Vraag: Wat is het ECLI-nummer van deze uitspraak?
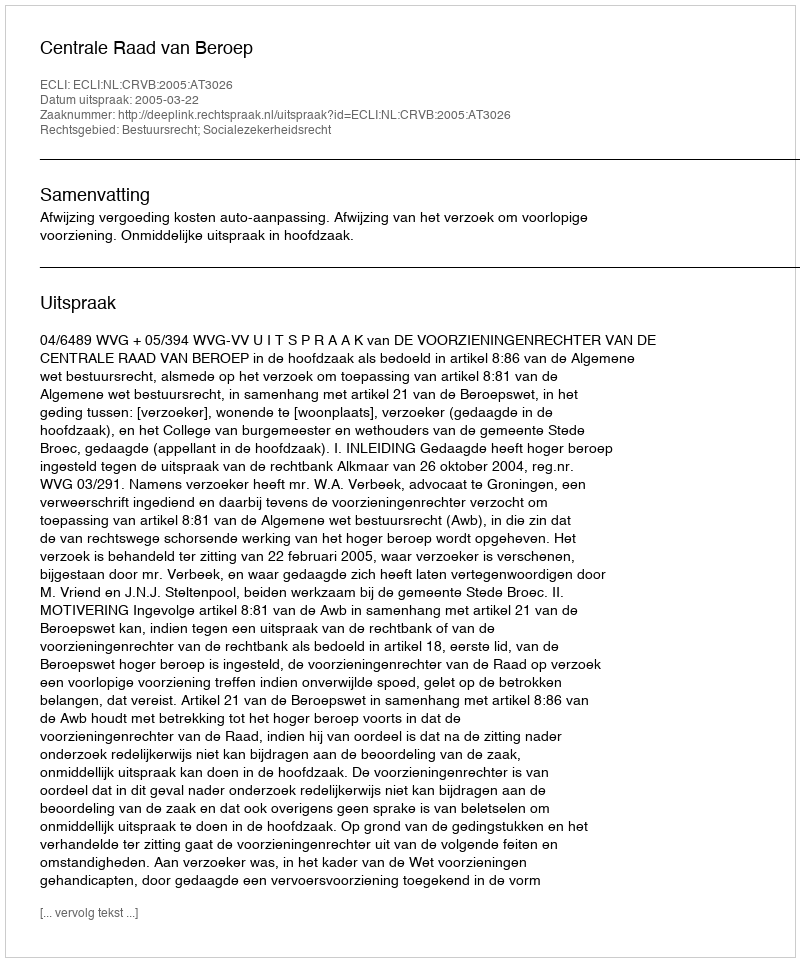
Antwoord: ECLI:NL:CRVB:2005:AT3026